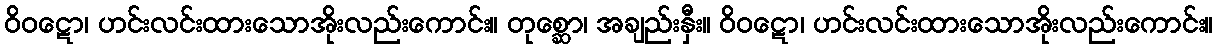
ဝိဝဋော၊ ဟင်းလင်းထားသောအိုးလည်းကောင်း။ တုစ္ဆော၊ အချည်းနှီး။ ဝိဝဋော၊ ဟင်းလင်းထားသောအိုးလည်းကောင်း။